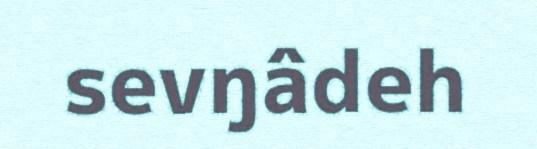
sevŋâdeh